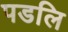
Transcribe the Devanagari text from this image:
पडलि